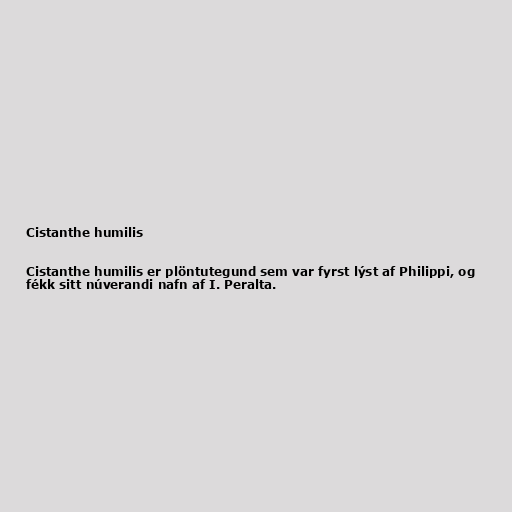
Cistanthe humilis

Cistanthe humilis er plöntutegund sem var fyrst lýst af Philippi, og
fékk sitt núverandi nafn af I. Peralta.